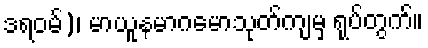
ဒရဝမ်)၊ မာယူနမာဂမောသုတ်ကျမှ ရုပ်တွက်။